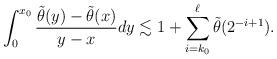
LaTeX: \begin{align*}\int_0^{x_0} \frac{\tilde{\theta}(y) - \tilde\theta(x)}{y-x} dy \lesssim 1 + \sum_{i=k_0 }^{\ell } \tilde\theta(2^{-i+1}). \end{align*}